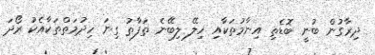
ދިރާގުން ބުނީ ބޮޑެތި އިނާމުތަކާއި ހިލޭ ލިބޭނެ ތަފާތު ގިނަ ހިދުމަތްތަކާއެކު ރޯދަ